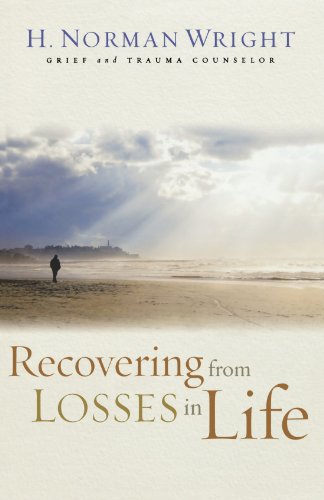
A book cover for Recovering from Losses in Life; H. Norman Wright; Christian Books & Bibles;